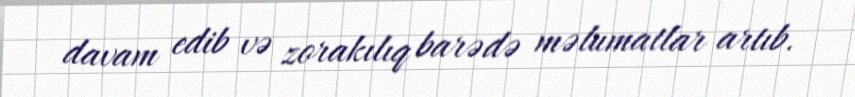
davam edib və zorakılıq barədə məlumatlar artıb.